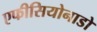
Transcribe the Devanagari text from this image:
एफीसियोनाडो